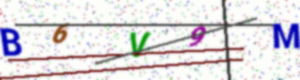
Text: B6V9M